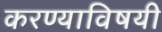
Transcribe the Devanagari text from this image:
करण्‍याविषयी